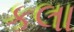
કલા